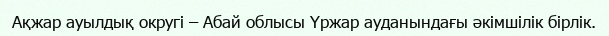
Ақжар ауылдық округі – Абай облысы Үржар ауданындағы әкімшілік бірлік.